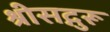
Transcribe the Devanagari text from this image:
श्रीसद्गुरू